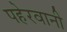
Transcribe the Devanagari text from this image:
पहेरवानी